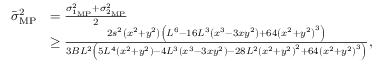
\begin{array} { r l } { \bar { \sigma } _ { \mathrm { M P } } ^ { 2 } } & { = \frac { \sigma _ { 1 _ { \mathrm { M P } } } ^ { 2 } + \sigma _ { 2 _ { \mathrm { M P } } } ^ { 2 } } { 2 } } \\ & { \geq \frac { 2 s ^ { 2 } \left( x ^ { 2 } + y ^ { 2 } \right) \left( L ^ { 6 } - 1 6 L ^ { 3 } \left( x ^ { 3 } - 3 x y ^ { 2 } \right) + 6 4 \left( x ^ { 2 } + y ^ { 2 } \right) ^ { 3 } \right) } { 3 B L ^ { 2 } \left( 5 L ^ { 4 } \left( x ^ { 2 } + y ^ { 2 } \right) - 4 L ^ { 3 } \left( x ^ { 3 } - 3 x y ^ { 2 } \right) - 2 8 L ^ { 2 } \left( x ^ { 2 } + y ^ { 2 } \right) ^ { 2 } + 6 4 \left( x ^ { 2 } + y ^ { 2 } \right) ^ { 3 } \right) } , } \end{array}